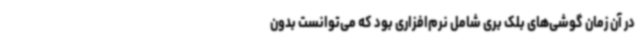
در آن زمان گوشی‌های بلک بری شامل نرم‌افزاری بود که می‌توانست بدون